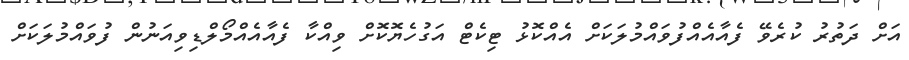
އަށް ދަތުރު ކުރެވޭ ފެއާއެއްފުވައްމުލަކަށް އެއްކޮޅު ޓިކެޓް އަގުހެޔޮކޮށް ވިއްކާ ފެއާއެއްމޯލްޑިވިއަނުން ފުވައްމުލަކަށް